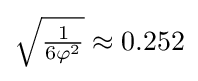
{\sqrt {\tfrac {1}{6\varphi ^{2}}}}\approx 0.252